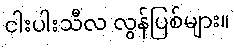
ငါးပါးသီလ လွန်ပြစ်များ။